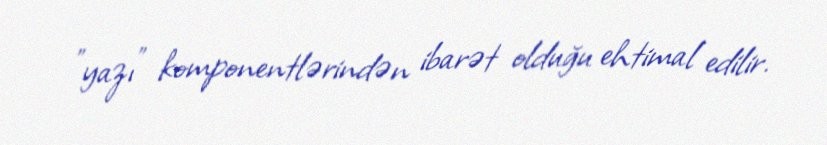
"yazı" komponentlərindən ibarət olduğu ehtimal edilir.